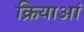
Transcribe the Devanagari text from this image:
क्रियाआं